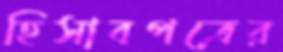
হিসাবপত্রের